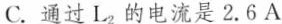
C.通过L_{2}的电流是2.6A